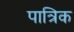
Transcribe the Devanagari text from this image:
पात्रिक